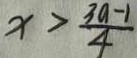
x > \frac { 3 a - 1 } { 4 }